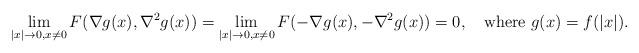
LaTeX: \begin{align*}\lim_{|x|\to0,x\neq 0}F(\nabla g(x),\nabla^2 g(x))=\lim_{|x|\to0,x\neq 0}F(-\nabla g(x),-\nabla^2 g(x))=0, \quad\mbox{where }g(x)=f(|x|).\end{align*}